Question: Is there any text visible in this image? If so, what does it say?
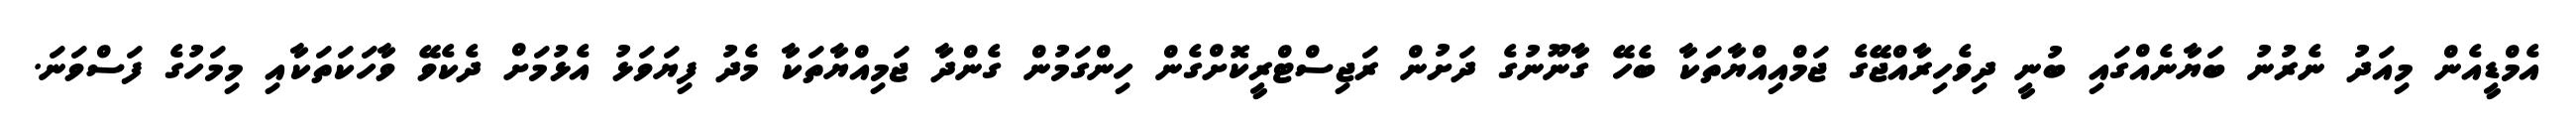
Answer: އެމްޑީއެން މިއަދު ނެރުނު ބަޔާނެއްގައި ބުނީ ދިވެހިރާއްޖޭގެ ޖަމްއިއްޔާތަކާ ބެހޭ ގާނޫނުގެ ދަށުން ރަޖިސްޓްރީކޮށްގެން ހިންގަމުން ގެންދާ ޖަމިއްޔާތަކާ މެދު ފިޔަވަޅު އެޅުމަށް ދެކެވޭ ވާހަކަތަކާއި މިމަހުގެ ފަސްވަނަ.